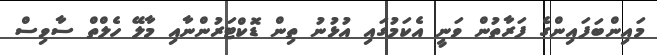
މައިންބަފައިންގެ ފަރާތުން ވަނީ އެކަމުގައި އުޅުނު ތިން ޑޮކްޓަރުންނާއި މާލޭ ހެލްތް ސާވިސް